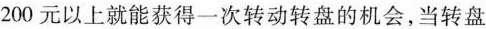
200元以上就能获得一次转动转盘的机会，当转盘